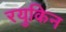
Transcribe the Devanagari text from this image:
रयुकिन